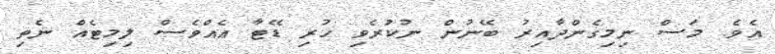
އެވެ. މަސް ނިމިގެންދާއިރު ބޭނުން ނުކުރެވި ހުރި ޑޭޓާ އެއްވެސް ލިމިޓެއް ނެތި